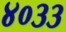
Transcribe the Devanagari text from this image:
४०३३